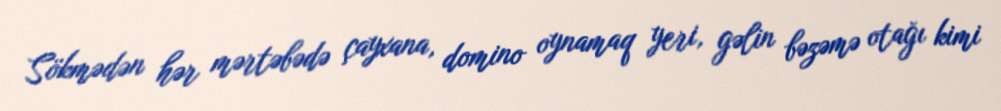
Sökmədən hər mərtəbədə çayxana, domino oynamaq yeri, gəlin bəzəmə otağı kimi